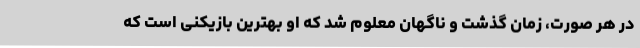
در هر صورت، زمان گذشت و ناگهان معلوم شد که او بهترین بازیکنی است که